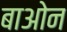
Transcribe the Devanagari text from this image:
बाओन